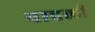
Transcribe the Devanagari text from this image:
वाहली